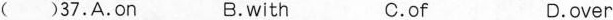
( )37.A.on B.with C.of D.over